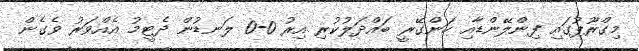
މިގްރޫޕުގައި ފިންލޭންޑާއި ހަންގޭރީ ބައްދަލުކުރި އިރު 0-0 ލަނޑުން ދެޓީމު އެއްވަރު ވެގެން